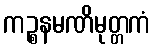
ကဉ္စနမဏိမုတ္တကံ